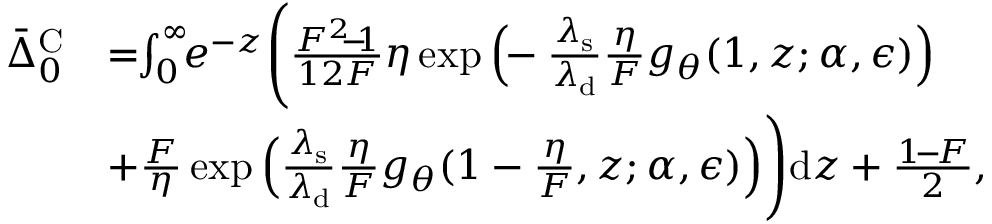
\begin{array} { r l } { \bar { \Delta } _ { 0 } ^ { \mathrm { C } } } & { = \! \! \int _ { 0 } ^ { \infty } \! \! e ^ { - z } \Bigg ( \frac { F ^ { 2 } \! \! - \! \! 1 } { 1 2 F } \eta \exp { \Big ( \! \! - \frac { \lambda _ { \mathrm { s } } } { \lambda _ { \mathrm { d } } } \frac { \eta } { F } g _ { \theta } ( 1 , z ; \alpha , \epsilon ) \Big ) } } \\ & { + \frac { F } { \eta } \exp { \Big ( \frac { \lambda _ { \mathrm { s } } } { \lambda _ { \mathrm { d } } } \frac { \eta } { F } g _ { \theta } ( 1 - \frac { \eta } { F } , z ; \alpha , \epsilon ) \Big ) } \Bigg ) \mathrm { d } z + \frac { 1 \! - \! F } { 2 } , } \end{array}